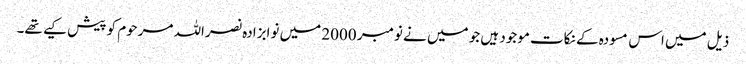
ذیل میں اس مسودہ کے نکات موجود ہیں جو میں نے نومبر 2000 میں نوابزادہ نصراللہ مرحوم کو پیش کیے تھے۔